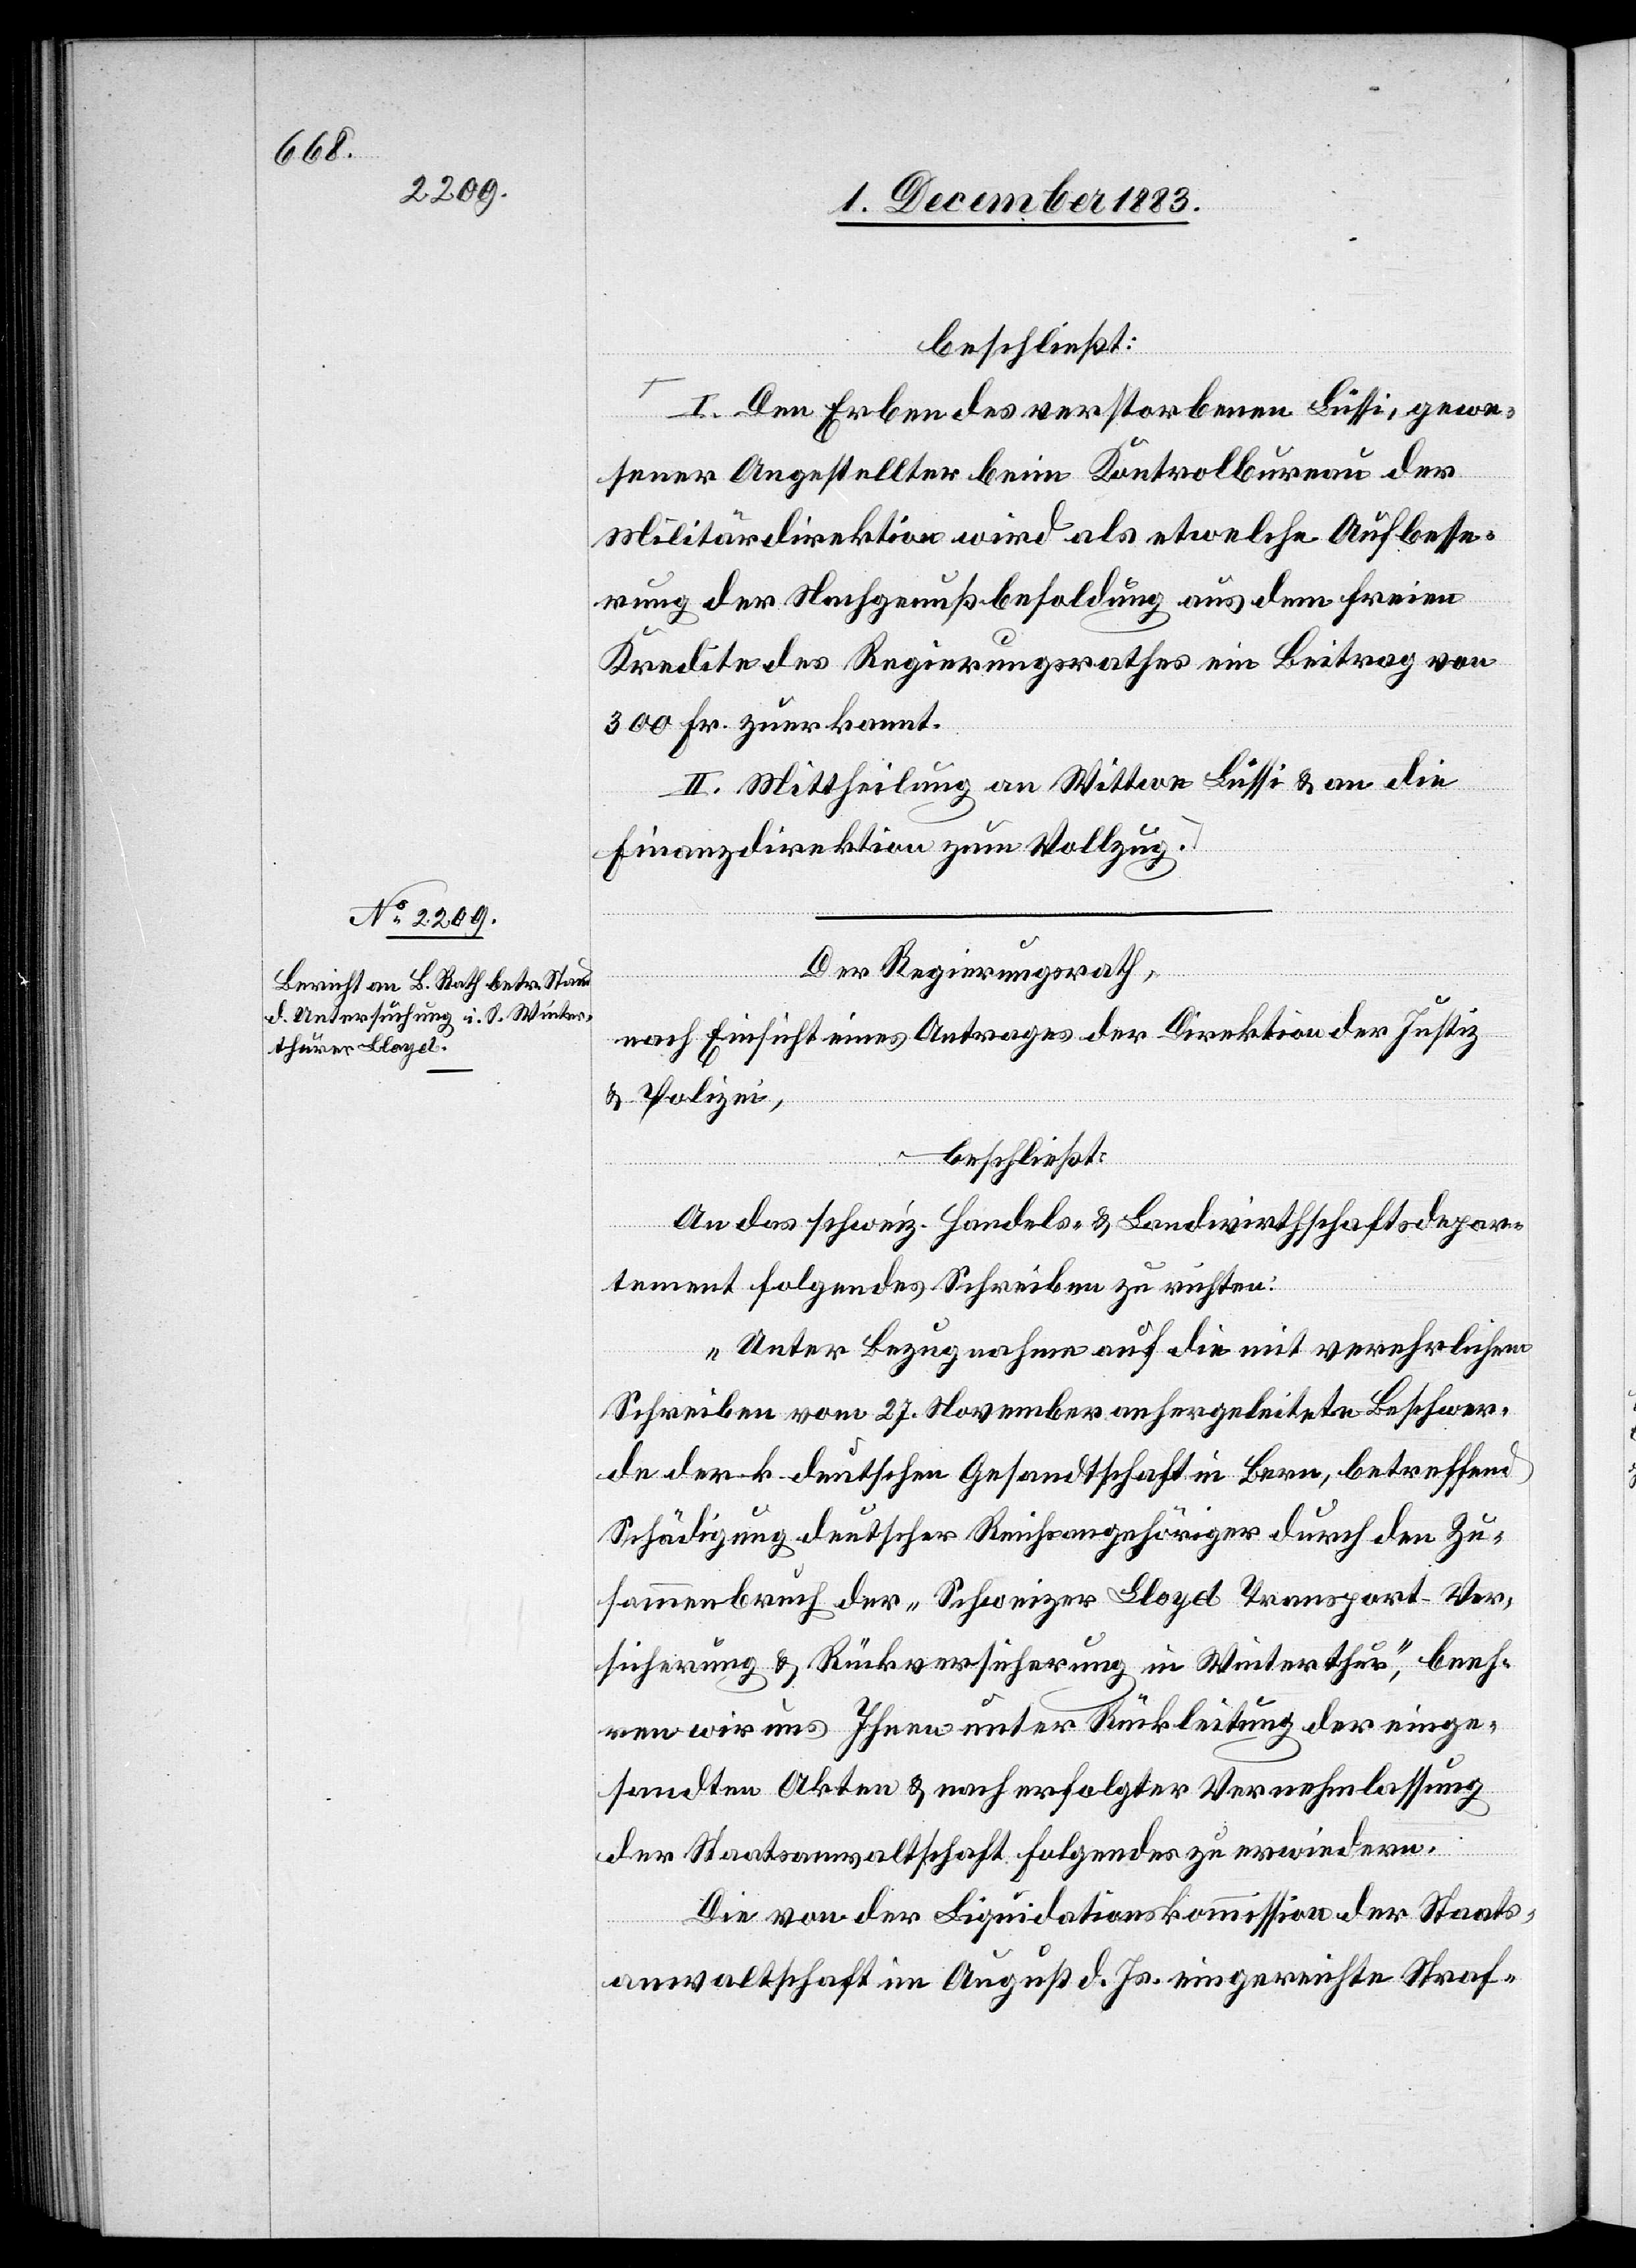
beschließt:
I. Den Erben des verstorbenen Lüssi, gewe¬
sener Angestellter beim Kontrolbureau der
Militärdirektion wird als etwelche Aufbesse¬
rung der Nachgenußbesoldung aus dem freien
Kredite des Regierungsrathes ein Beitrag von
300 Fr. zuerkannt.
II. Mittheilung an Wittwe Lüssi & an die
Finanzdirektion zum Vollzug.
Der Regierungsrath,
nach Einsicht eines Antrages der Direktion der Justiz
& Polizei,
beschließt:
An das schweiz. Handels- & Landwirtschaftsdepar¬
tement folgendes Schreiben zu richten:
„Unter Bezugnahme auf die mit verehrlichem
Schreiben vom 27. November anhergeleitete Beschwer¬
de der k. deutschen Gesandtschaft in Bern, betreffend
Schädigung deutscher Reichsangehöriger durch den Zu¬
sammenbruch der „Schweizer Lloyd Transport-Ver¬
sicherung & Rückversicherung in Winterthur“, beeh¬
ren wir uns Ihnen unter Rückleitung der einge¬
sandten Akten & nach erfolgter Vernehmlassung
der Staatsanwaltschaft folgendes zu erwiedern:
Die von der Liquidationskommission der Staats¬
anwaltschaft im August d. Js. eingereichte Straf-